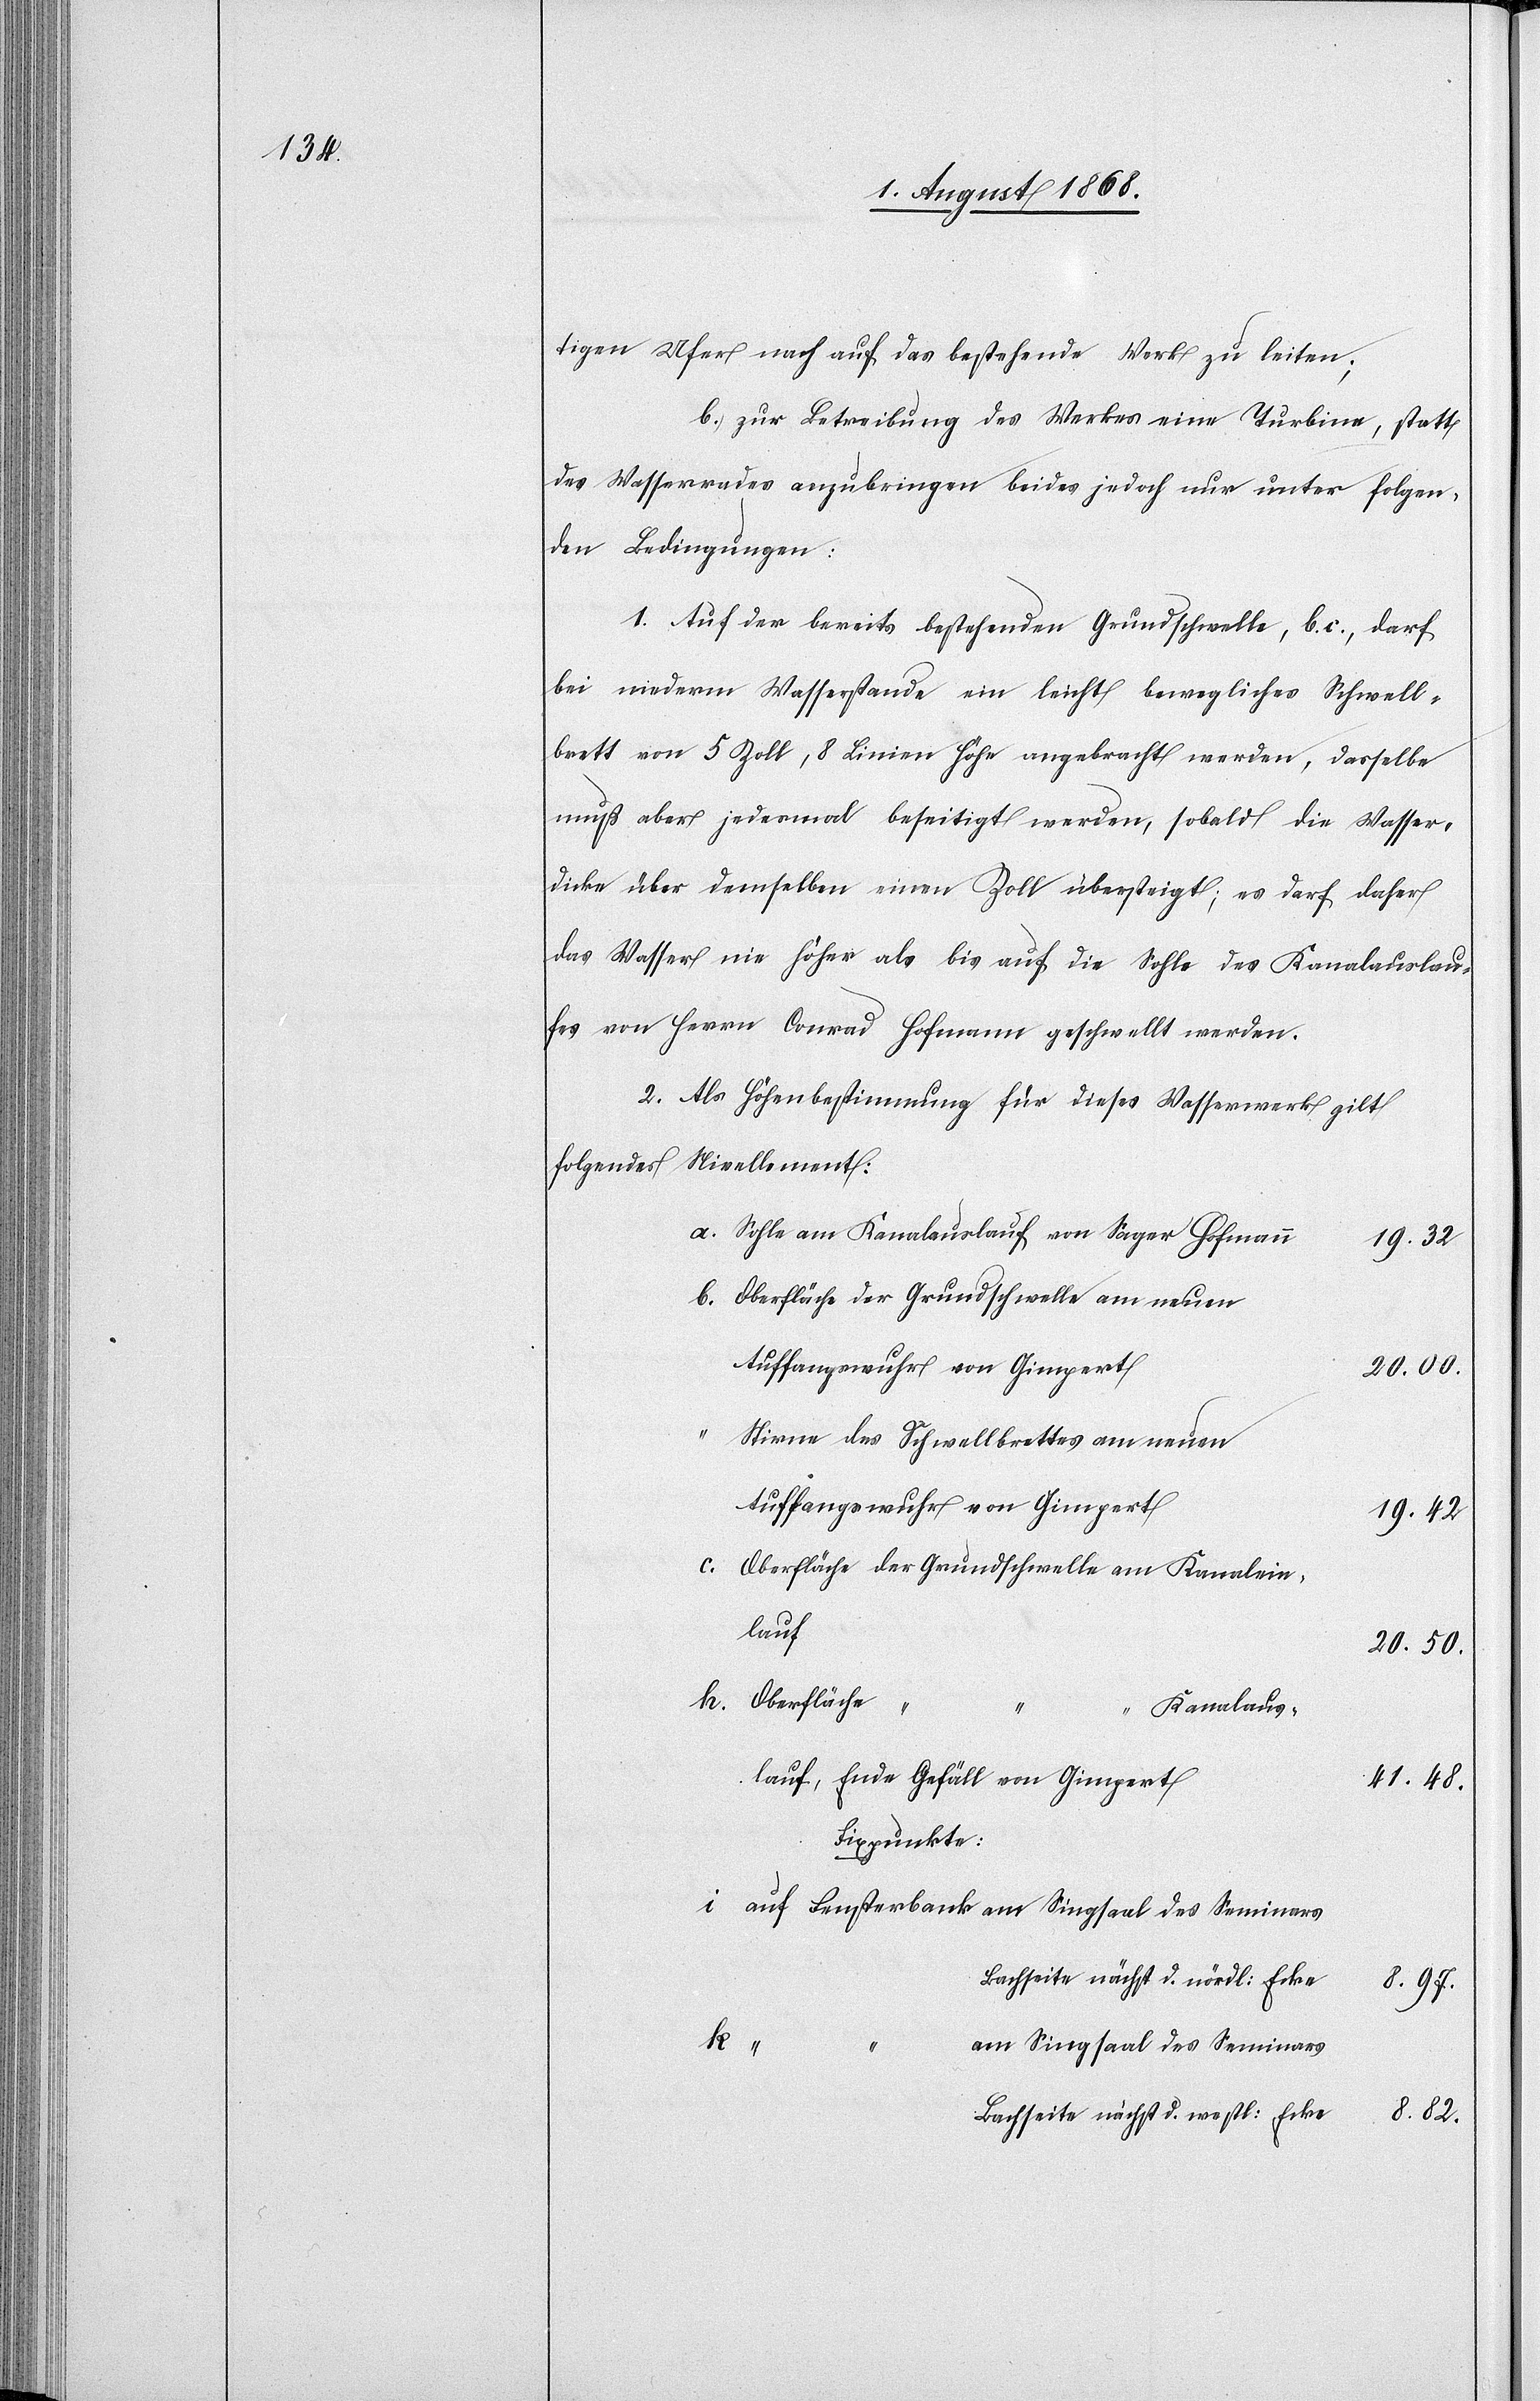
tigen Ufer nach auf das bestehende Werk zu leiten;
b. zur Betreibung des Werkes eine Turbine, statt
des Wasserrades anzubringen beides jedoch nur unter folgen¬
den Bedingungen:
1. Auf der bereits bestehenden Grundschwelle, b. c., darf
bei niederm Wasserstande ein leicht bewegliches Schwell¬
brett von 5 Zoll, 8 Linien Höhe angebracht werden, dasselbe
muß aber jedesmal beseitigt werden, sobald die Wasser¬
dicke über demselben einen Zoll übersteigt; es darf daher
das Wasser nie höher als bis auf die Sohle des Kanalauslau¬
fes von Herrn Conrad Hofmann geschwellt werden.
2. Als Höhenbestimmung für dieses Wasserwerk gilt
folgendes Nivellement:
Sohle am Kanalauslauf von Sager Hofmann
19.32
Oberfläche der Grundschwelle am neuen
Auffangswuhr von Gimpert
20.00.
Stirne des Schwellbrettes am neuen
Auffangswuhr von Gimpert
19.42
Oberfläche der Grundschwelle am Kanalein¬
lauf
20.50.
Oberfläche
Kanalaus¬
lauf, Ende Gefäll von Gimpert
41.48.
Fixpunkte:
auf Fensterbank am Singsaal des Seminars
Bachseite nächst d. nördl: Ecke
8.97.
“ “
am Singsaal des Seminars
Bachseite nächst d. westl: Ecke
8.82.